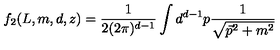
f _ { 2 } ( L , m , d , z ) = \frac { 1 } { 2 ( 2 \pi ) ^ { d - 1 } } \int { d } ^ { d - 1 } p \frac { 1 } { \sqrt { \vec { p } ^ { 2 } + m ^ { 2 } } }